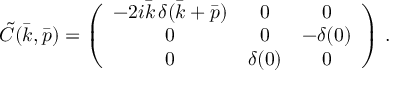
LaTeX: \tilde { C } ( \bar { k } , \bar { p } ) = \left( \begin{array} { c c c } { { - 2 i \bar { k } \, \delta ( \bar { k } + \bar { p } ) } } & { { 0 } } & { { 0 } } \\ { { 0 } } & { { 0 } } & { { - \delta ( 0 ) } } \\ { { 0 } } & { { \delta ( 0 ) } } & { { 0 } } \end{array} \right) \, .